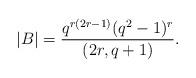
LaTeX: \begin{align*}|B| = \frac{q^{r(2r-1)}(q^2-1)^r}{(2r,q+1)}.\end{align*}